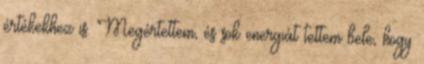
értékekhez is. Megértettem, és sok energiát tettem bele, hogy